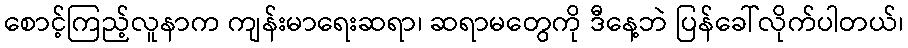
စောင့်ကြည့်လူနာက ကျန်းမာရေးဆရာ၊ ဆရာမတွေကို ဒီနေ့ဘဲ ပြန်ခေါ်လိုက်ပါတယ်၊